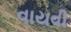
વાયવી